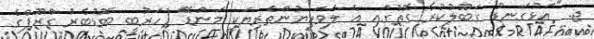
ޖ. "އަޅުގަނޑު ގަބޫލުކުރާ ގޮތުގައި އެ ލަވަކިޔުންތެރިޔަކީ މަންޑޭ (ހަރުބީ ބޮޑުބެރު ގްރޫޕްގެ